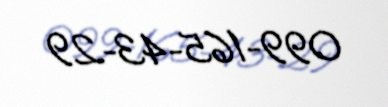
099-165-43-29